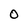
Character: O